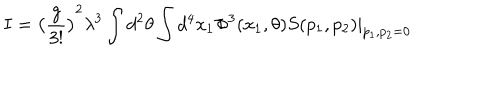
I = { \big ( \frac { g } { 3 ! } \big ) } ^ { 2 } \lambda ^ { 3 } \int d ^ { 2 } \theta \int d ^ { 4 } x _ { 1 } \Phi ^ { 3 } ( x _ { 1 } , \theta ) S ( p _ { 1 } , p _ { 2 } ) | _ { p _ { 1 } , p _ { 2 } = 0 }